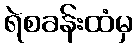
ရဲစခန်းထံမှ